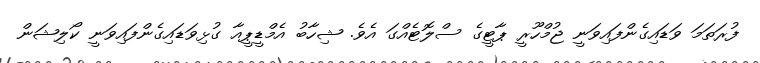
ފުރަތަމަ ވަޑައިގެންފައިވަނީ ޖުމްހޫރީ ޕާޓީގެ ސްލޮޓެއްގަ އެވެ. ޝިހާބު އެމްޑީޕީއާ ގުޅިވަޑައިގެންފައިވަނީ ކޯލިޝަން